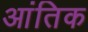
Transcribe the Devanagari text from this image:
आंतिक